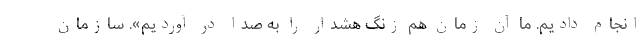
انجام دادیم. ما آن زمان هم زنگ هشدار را به صدا در آوردیم». سازمان